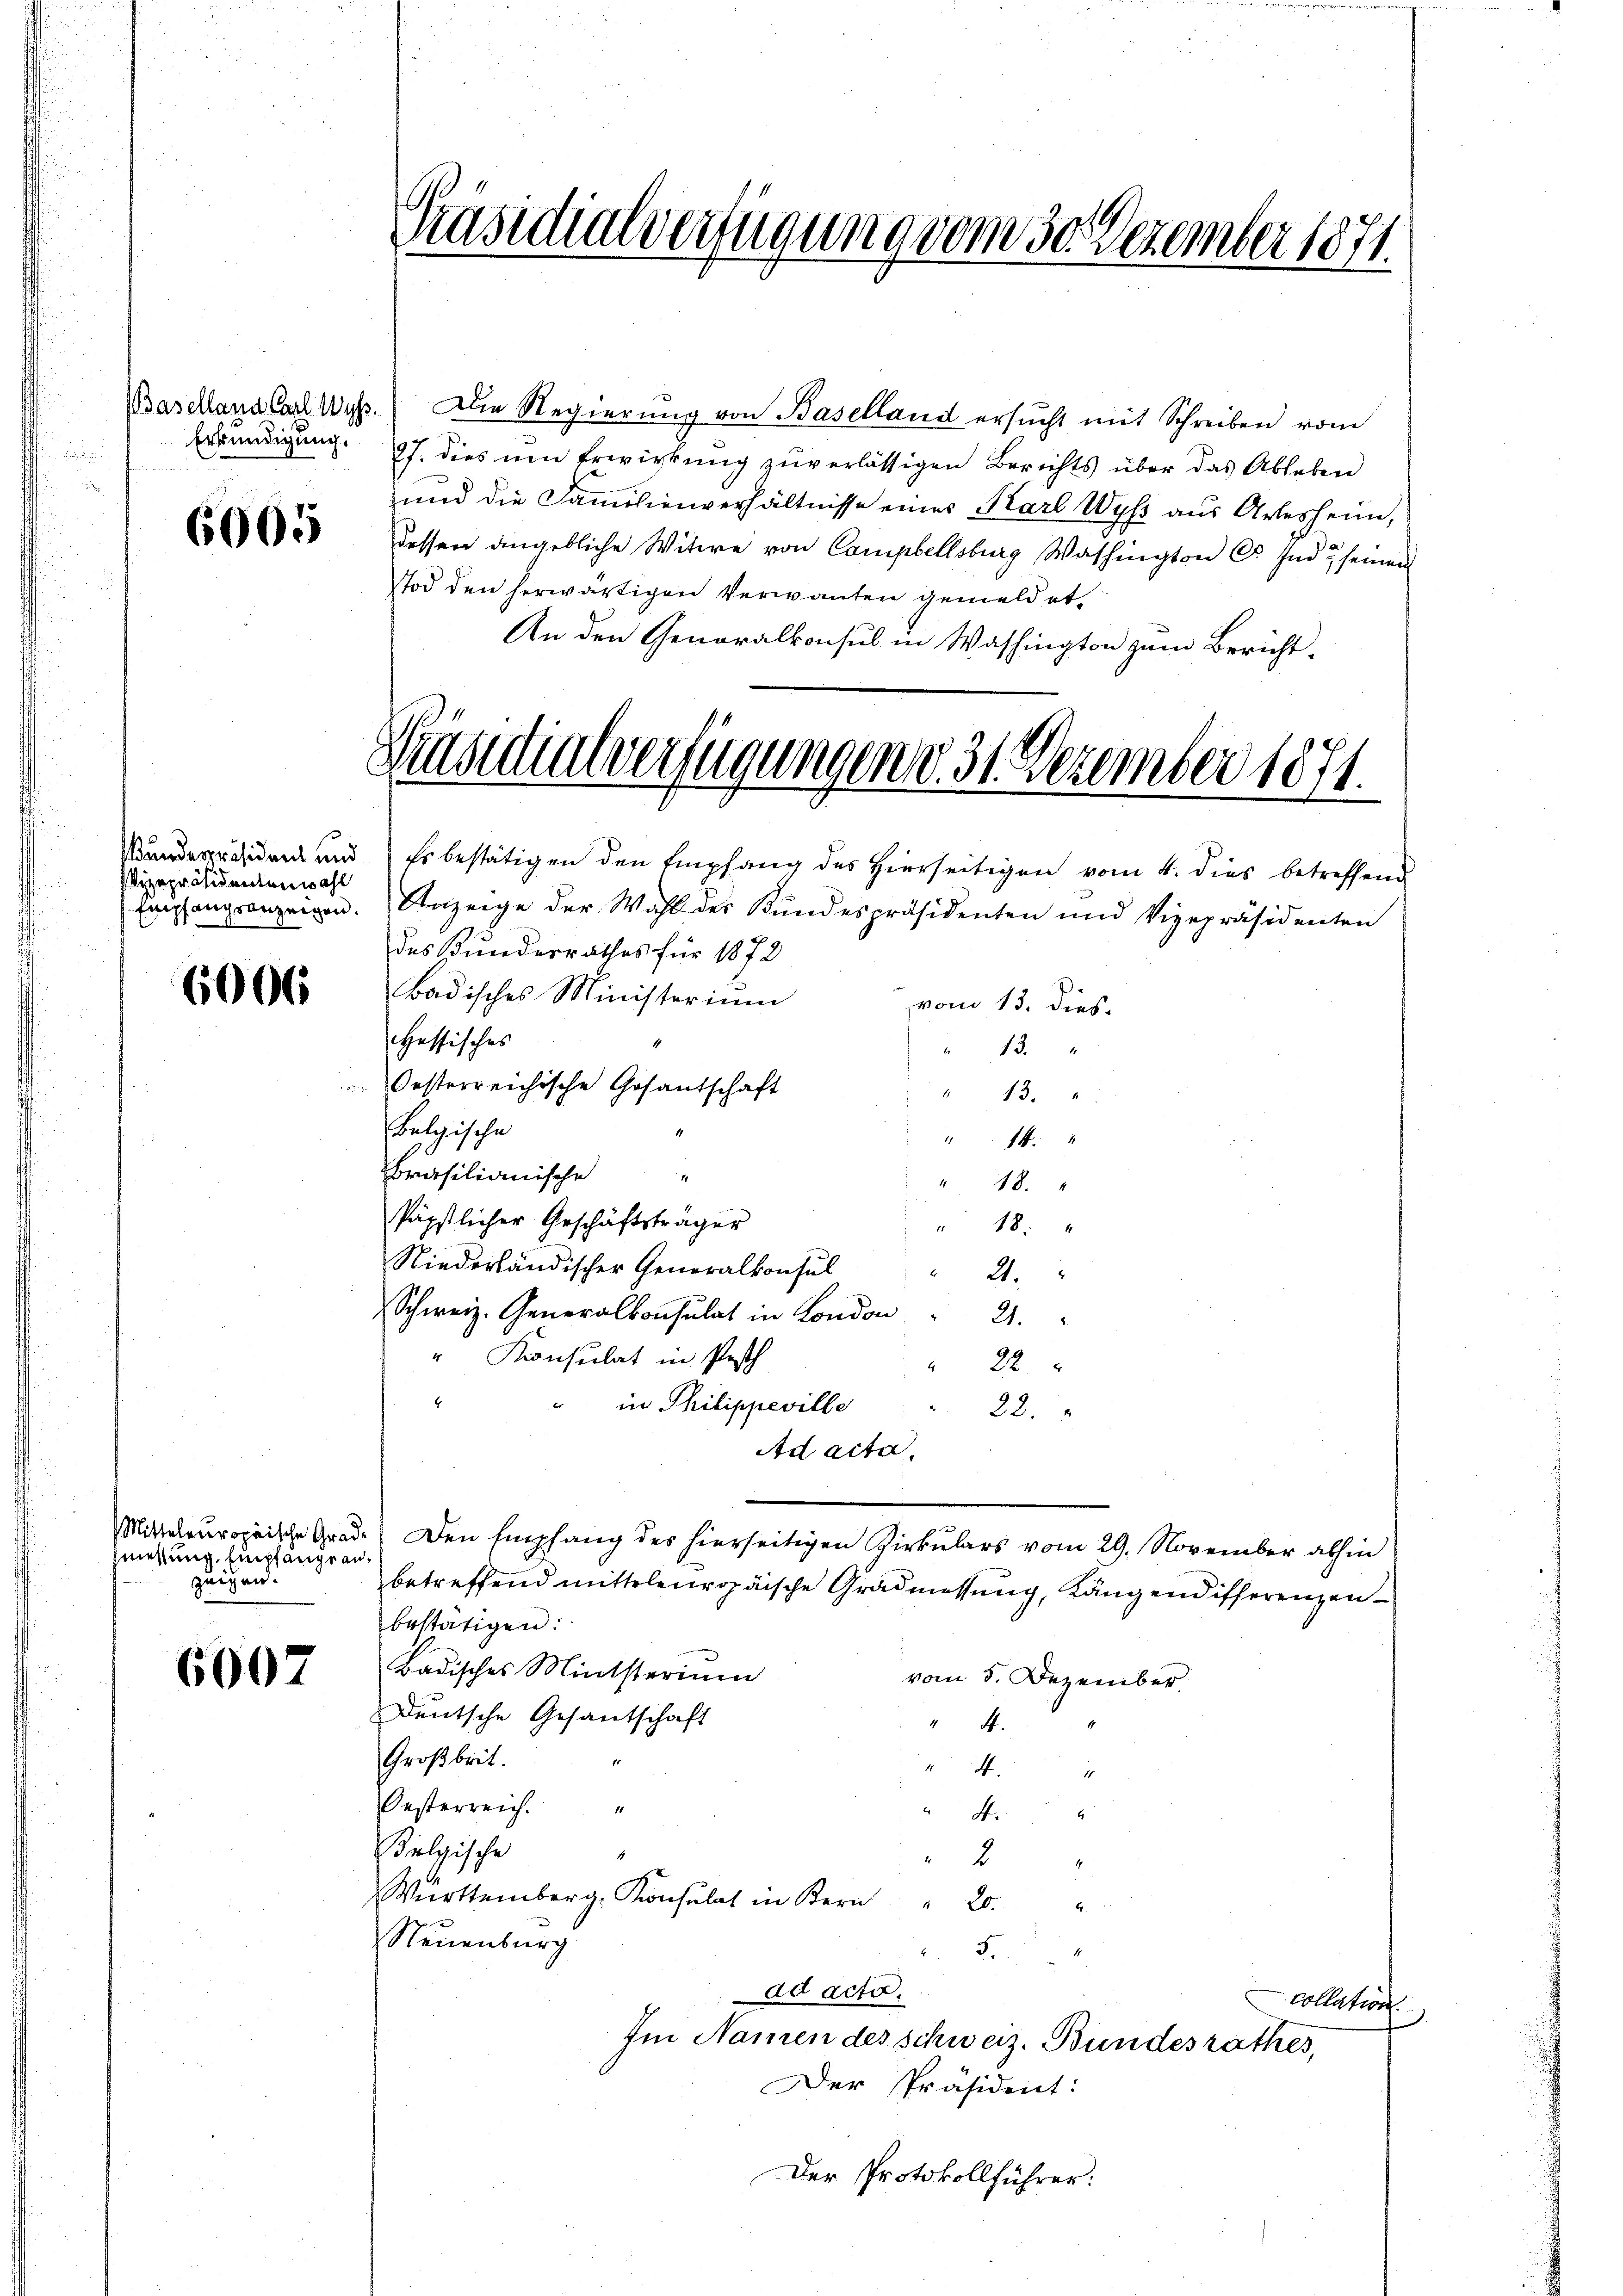
Erkundigung.

6005

Wundespräsident und
Vizepräsidentenwahl
Empfangsanzeigen.

6006

Mitteleuropäische Grad,
zniessung, Empfange an
zeigen.

6007

Präsidialverfügung vom 30. Dezember 1871.

Präsidialverfügungen v. 31. Dezember 1871.

Basellana Carl Wyss. Die Regierŭng von Baselland ersŭcht mit Schreiben vom
27. dies um Erwirkung zuverlässigen Berichts über das Ableben
und die Familienverhältnisse eines Karl Wyss aus Arlesheim,
dessen angebliche Witwe von Campbellsburg Washington C. Ende seinen
TTod den herwärtigen Verwanten gemeldet,
An den Generalkonsul in Washington zum Bericht-
Es bestätigen den Empfang des Hierseitigen vom 4. dies betreffend
Anzeige der Wahl der Kundespräsidenten und Vizepräsidenten
des Bundesrathes für 1872
Badisches Ministerium
vom 15. dies
Hessisches
" 13.
Oesterreichische Gesantschaft
" 13.
Belgische
14:
brasilianische
" 18.
Päpstlicher Geschäftsträger
" 18.
Niederländischer Generalkonsul
21.
Schweiz. Generalkonsulat in London " 21.
Konsulat in Posth
22
" in Philippeville
22.
Ad acta.
Den Empfang des hierseitigen Zirkulars vom 29. November abhin
betreffend mitteleuropäische Gradmessung, Kängendifferenzenbestätigen:
Badisches Ministerium
vom 5. Dezember.
Deutsche Gesantschaft
" 4.
Großbrit.
4.
11
Oesterreich.
" 4.
elgische
2
1
Württemberg, Konsulat in Bern  "  20
Neuenburg
5.
ad acta.
collation
Im Namen des schweiz. Bundesrathes,
Der Präsident:
Der Protokollführer: